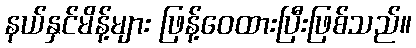
နယ်နှင်မိန့်များ ဖြန့်ဝေထားပြီးဖြစ်သည်။